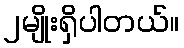
၂မျိုးရှိပါတယ်။